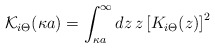
\begin{align*}{\mathcal K_{i \Theta}} (\kappa a) = \int_{\kappa a}^{\infty} d z \, z \left[ K_{i \Theta} (z) \right]^{2} \; \end{align*}